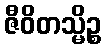
ဇီဝိတသ္မိဉ္စ